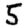
Digit: 5